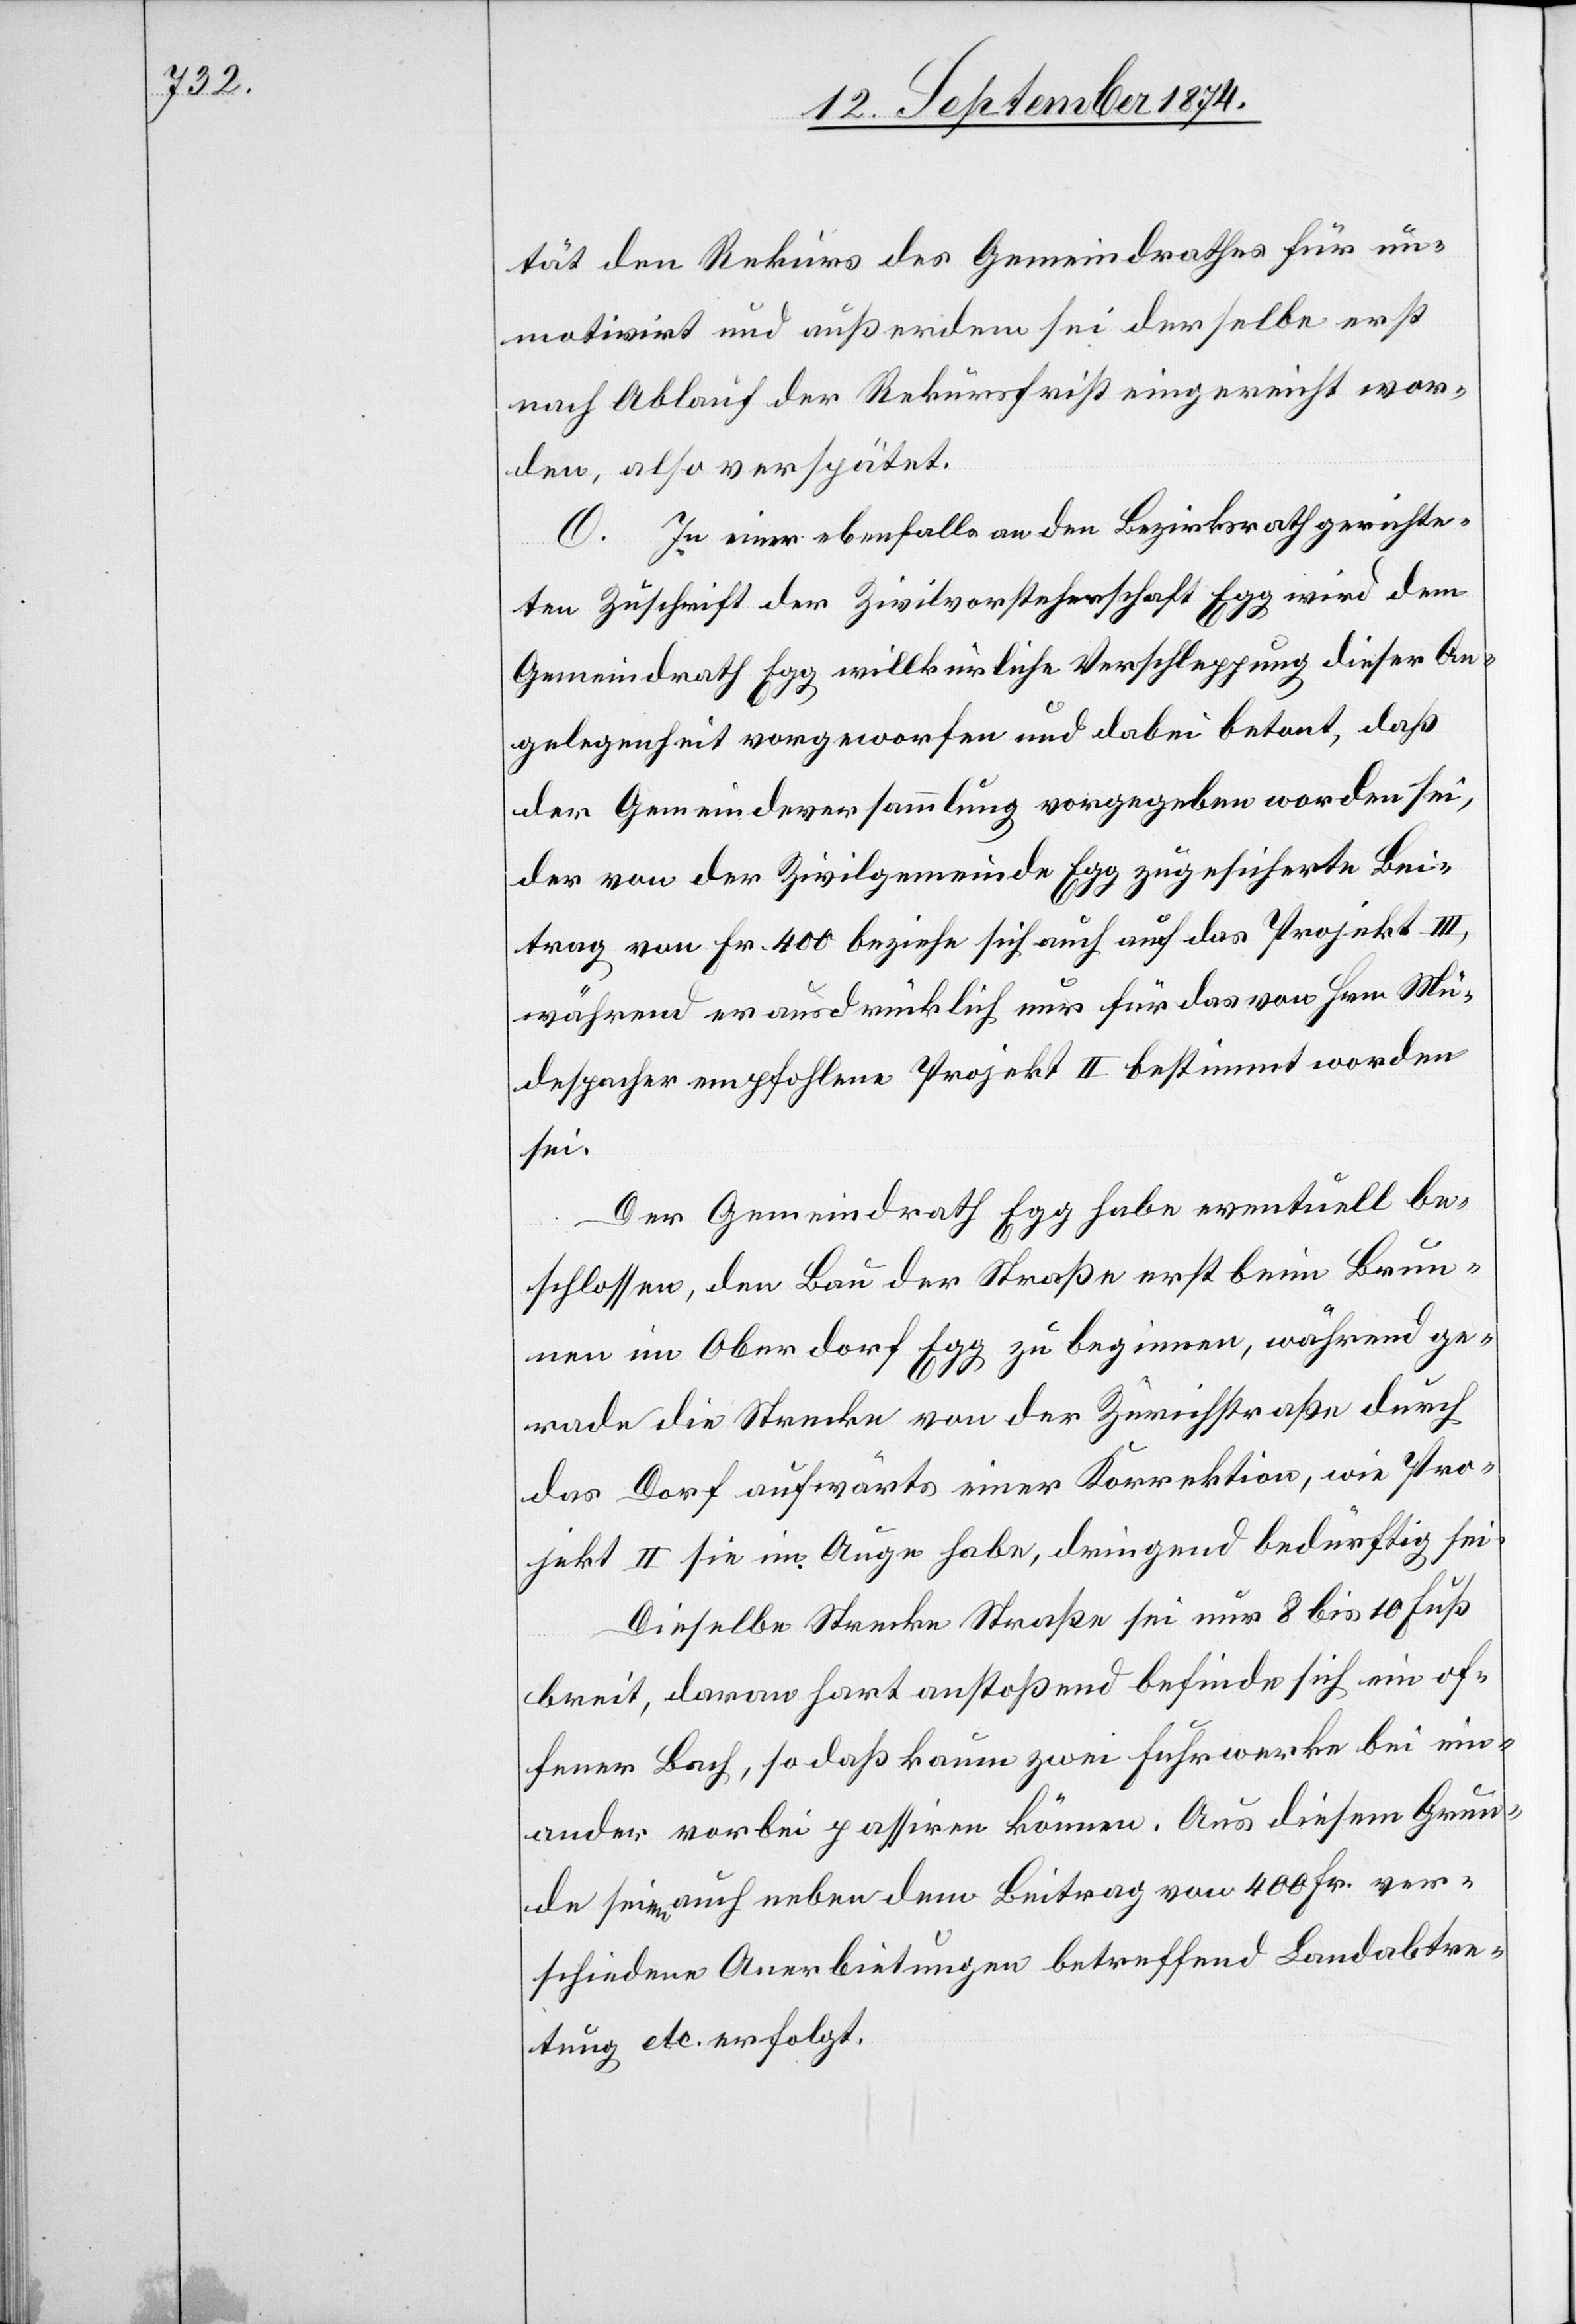
tät den Rekurs des Gemeindrathes für un¬
motivirt und außerdem sei derselbe erst
nach Ablauf der Rekursfrist eingereicht wor¬
den, also verspätet.
O. In einer ebenfalls an den Bezirksrath gerichte¬
ten Zuschrift der Zivilvorsteherschaft Egg wird dem
Gemeindrath Egg willkürliche Verschleppung dieser An¬
gelegenheit vorgeworfen und dabei betont, daß
der Gemeindeversammlung vorgegeben worden sei,
der von der Zivilgemeinde Egg zugesicherte Bei¬
trag von Fr. 400 beziehe sich auch auf das Projekt III,
während er ausdrücklich nur für das von Hrn. Mü¬
despacher [sic!] empfohlene Projekt II bestimmt worden
sei.
Der Gemeindrath Egg habe eventuell be¬
schlossen, den Bau der Straße erst beim Brun¬
gg zu beginnen, während ge¬
nen im Oberdorf E¬
rade die Strecke von der Zürichstraße durch
das Dorf aufwärts einer Korrektion, wie Pro¬
jekt II sie im Auge habe, dringend bedürftig sei.
Dieselbe Strecke Straße sei nur 8 bis 10 Fuß
breit, daran hart anstoßend befinde sich ein of¬
fener Bach, so daß kaum zwei Fuhrwerke bei ein¬
ander vorbei passiren können. Aus diesem Grun¬
de seien auch neben dem Beitrag von 400 Fr. ver¬
schiedene Anerbietungen betreffend Landabtre¬
tung etc. erfolgt.